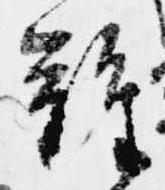
難